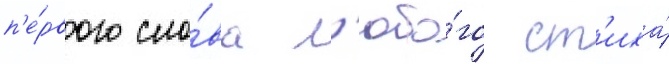
п'е́рвого сло́ва л'юбо́го ст'иха́